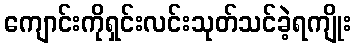
ကျောင်းကိုရှင်းလင်းသုတ်သင်ခဲ့ရကျိုး